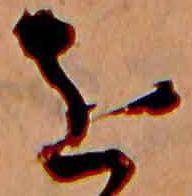
を